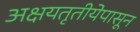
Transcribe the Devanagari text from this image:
अक्षयतृतीयेपासून